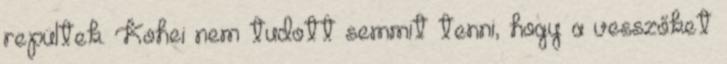
repültek. Kohei nem tudott semmit tenni, hogy a vesszőket